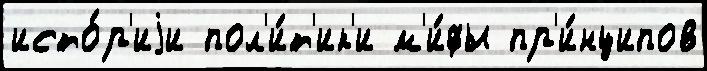
исто́р'иjи пол'и́т'ик'и м'и́фы пр'и́нципов